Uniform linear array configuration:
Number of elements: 24
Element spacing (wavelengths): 0.5
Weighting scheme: exponential
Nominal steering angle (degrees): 45
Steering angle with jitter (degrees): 46.482
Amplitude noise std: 0.05
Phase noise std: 0.05

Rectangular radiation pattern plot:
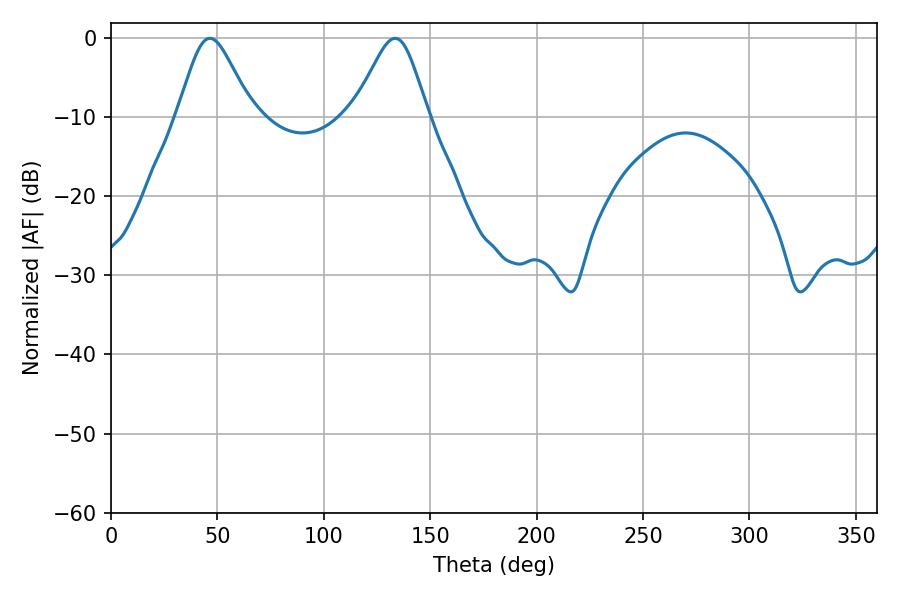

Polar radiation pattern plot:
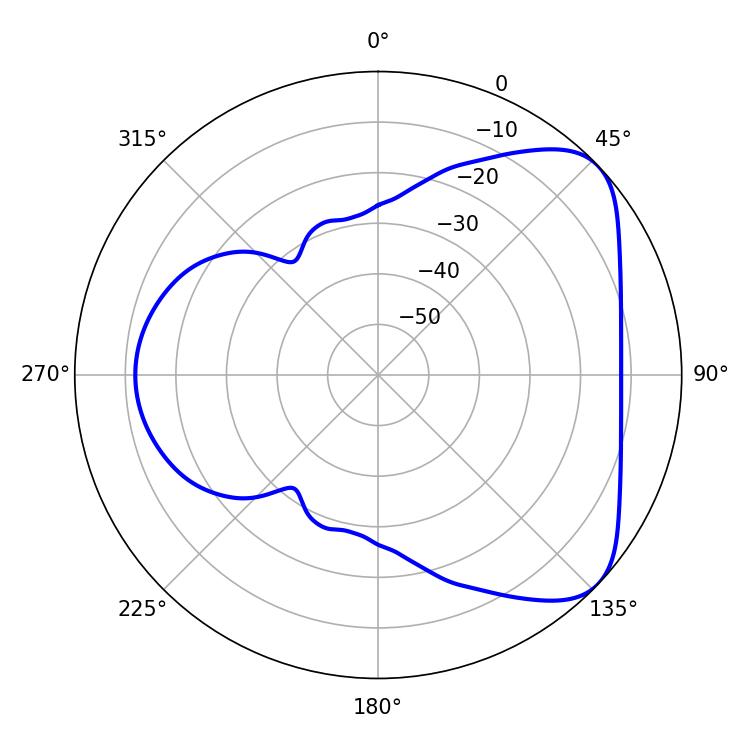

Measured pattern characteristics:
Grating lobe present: FALSE
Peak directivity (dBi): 5.815
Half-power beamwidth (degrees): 17.1
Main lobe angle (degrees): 46.44